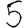
Digit: 5